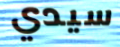
سيدي